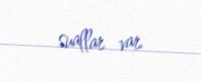
suallar var.